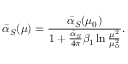
\bar { \alpha } _ { S } ( \mu ) = \frac { \bar { \alpha } _ { S } ( \mu _ { 0 } ) } { 1 + \frac { \bar { \alpha } _ { S } } { 4 \pi } \beta _ { 1 } \ln \frac { \mu ^ { 2 } } { \mu _ { 0 } ^ { 2 } } } .